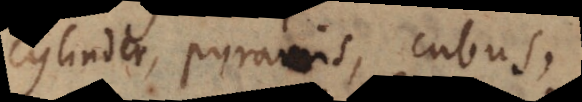
cylinder, pyramis, cubus.